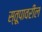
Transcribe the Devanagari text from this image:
स्तूपावरील